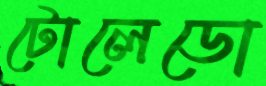
টোলেডো